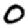
Digit: 0